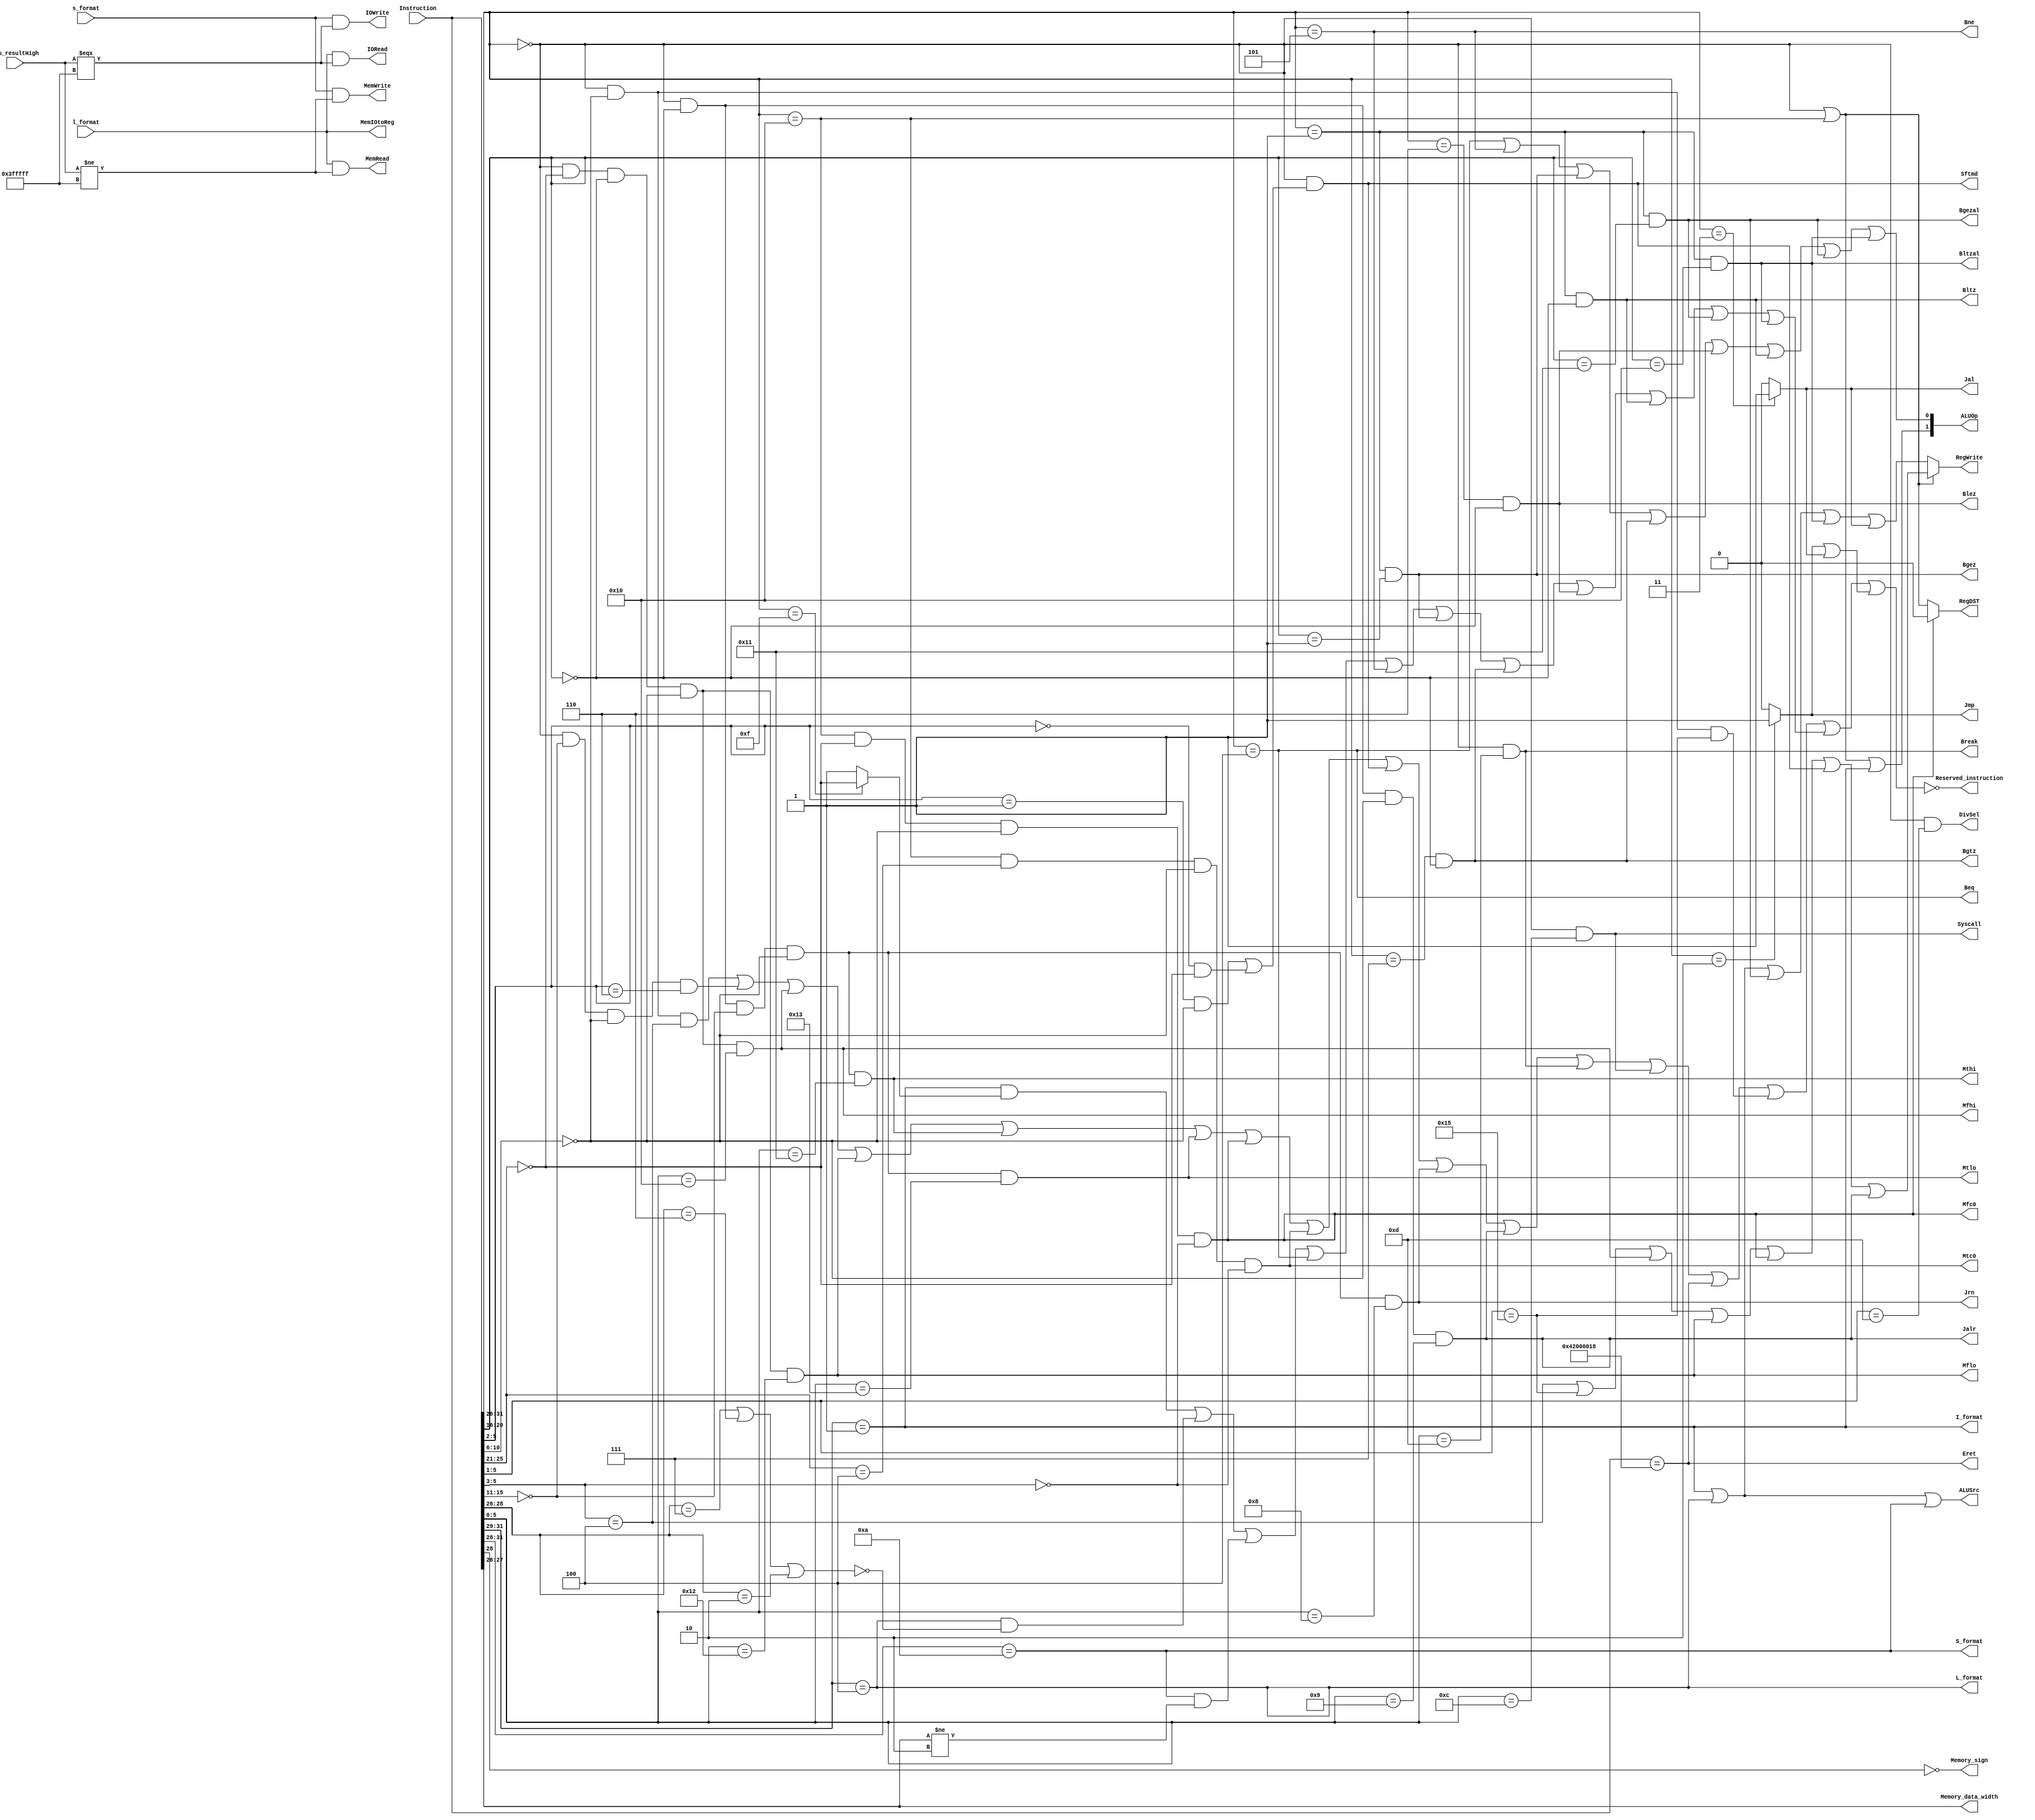
`timescale 1ns / 1ps
//////////////////////////////////////////////////////////////////////////////////
module control32 (
    input   [31:0]  Instruction,
    input           s_format,
    input           l_format,
    input   [21:0]  Alu_resultHigh,     // ,LWSWAlu_Result,Alu_resultHigh = Alu_result[31:10];
    
    output			RegDST,				// 1rdrt
    output			ALUSrc,				// 1beqbne
    output			MemIOtoReg,			// 1
    output			RegWrite,			// 1
    output			MemWrite,			// 1,swAlu_resultHigh1(1IO
    output          MemRead,            // 
    output          IORead,             // IO
    output          IOWrite,            // IO
    
    output			Jmp,				// 1J
    output			Jal,				// 1Jal
    output          Jrn,                // 1jr
    output          Jalr,               // Jalr
    
    output          Beq,                // 1Beq,Branch
    output          Bne,                // 1Bne,nBranch
    output          Bgez,
    output          Bgtz,
    output          Blez,
    output          Bltz,
    output          Bgezal,
    output          Bltzal,
    
    output          Mfhi,
    output          Mflo,
    output          Mfc0,
    output          Mthi,
    output          Mtlo,
    output          Mtc0,
    
    output			I_format,			// 1beqbneLWSWI-
    output          S_format,           // 
    output          L_format,           // 
    output			Sftmd,				// 1
    output          DivSel,
    output	[1:0]	ALUOp,				// R-I_format=111, beqbne01
    output          Memory_sign,        // lb/lbu/lh/lhu
    output  [1:0]   Memory_data_width,  // (00/01/11)
    ///
    output          Break,
    output          Syscall,
    output          Eret,
    output          Reserved_instruction //           
);
   
    wire R_format;		// 1R-
    reg [2:0] state;
    reg [2:0] next_state;
    parameter [2:0] sinit = 3'b000,//
            sif = 3'b001,//
            sid = 3'b010,//
            sexe = 3'b011,//
            smem = 3'b100,//
            swb = 3'b101;//
    
    wire[5:0]   op,func;
    wire[4:0]   rs,rt,rd,shamt;
    
    assign op = Instruction[31:26];        
    assign rs = Instruction[25:21]; 
    assign rt = Instruction[20:16];
    assign rd = Instruction[15:11];
    assign shamt = Instruction[10:6];  
    assign func = Instruction[5:0]; 
    
    //R:
    assign R_format = (op==6'b000000||op==6'b010000);        //R(mfc0,mtc0,eretop==6'b010000)
    assign Jrn = (op==6'b000000 && rt==5'b00000 && rd==5'b00000 && shamt==5'b00000 && func==6'b001000);
    assign Jalr = (op==6'b000000 && rt==5'b00000 && shamt==5'b00000 && func==6'b001001);
    
    assign Mfhi = (op==6'b000000 && rs==5'b00000 && rt==5'b00000 && shamt==5'b00000 && func==6'b010000);
    assign Mflo = (op==6'b000000 && rs==5'b00000 && rt==5'b00000 && shamt==5'b00000 && func==6'b010010);
    assign Mthi = (op==6'b000000 && rt==5'b00000 && rd==5'b00000 && shamt==5'b00000 && func==6'b010001);
    assign Mtlo = (op==6'b000000 && rt==5'b00000 && rd==5'b00000 && shamt==5'b00000 && func==6'b010011);
    assign Mfc0 = (op==6'b010000 && rs==5'b00000 && shamt==5'b00000 && func[5:3]==3'b000);
    assign Mtc0 = (op==6'b010000 && rs==5'b00100 && shamt==5'b00000 && func[5:3]==3'b000);
    
    assign Break = (op==6'b000000 && func==6'b001101);
    assign Syscall = (op==6'b000000 && func==6'b001100);
    assign Eret = (Instruction==32'b010000_10000000000000000000_011000);//
    
    //I:I_format+Branch+nBranch+Lw+Sw
    assign I_format = (op[5:3] == 3'b001);   //001xxxI
    assign L_format = (op[5:3] == 3'b100);   //
    assign S_format = (op[5:2] == 4'b1010);  //
    
    assign Beq = (op==6'b000100);            //beq
    assign Bne = (op==6'b000101);            //bne
    assign Bgez = (op==6'b000001&&rt==5'b00001);
    assign Bgtz = (op==6'b000111&&rt==5'b00000);
    assign Blez = (op==6'b000110&&rt==5'b00000);
    assign Bltz = (op==6'b000001&&rt==5'b00000);
    assign Bgezal = (op==6'b000001&&rt==5'b10001);
    assign Bltzal = (op==6'b000001&&rt==5'b10000);
    //assign Branch = Beq||Bne||Bgez||Bgtz||Blez||Bltz||Bgezal||Bltzal;
   
    //J
    assign Jmp = (op==6'b000010)? 1'b1:1'b0;            //j
    assign Jal = (op==6'b000011)? 1'b1:1'b0;            //jal

    assign MemRead = l_format&&(Alu_resultHigh!=22'b1111111111111111111111);    
    assign IORead = l_format&&(Alu_resultHigh===22'b1111111111111111111111);     
    assign MemWrite = s_format&&(Alu_resultHigh!=22'b1111111111111111111111);   
    assign IOWrite = s_format&&(Alu_resultHigh===22'b1111111111111111111111);   
    assign MemIOtoReg = l_format;
    
    assign Sftmd = (op==6'b000000&&(func[5:2]==4'b0001&&shamt==5'b00000||func[5:2]==4'b0000&&rs==5'b00000));//sll,srl,sra,sllv,srlv,srav
    assign DivSel = (op==6'b000000&&func[5:1]==5'b01101);
    assign ALUSrc = I_format||L_format||S_format;
    assign ALUOp = {(R_format || I_format),(Beq || Bne || Bgez || Bgtz || Blez ||Bltz || Bgezal || Bltzal)};  // Rtype3211,beqbne01
    assign Memory_sign = !op[2];
    assign Memory_data_width = op[1:0];
    
    wire valueLogicR,mulAndDiv,Rcmp,R31,valueLogicI,L5,S3,I24,J2;
    assign valueLogicR = (op==6'b000000&&shamt==5'b00000&&func[5:3]==3'b100);//add,addu,sub,subu,and,or,xor,nor
    assign mulAndDiv = (op==6'b000000&&rd==5'b00000&&shamt==5'b00000&&func[5:2]==4'b0110);//mult,multu,div,divu
    assign Rcmp = (op==6'b000000&&shamt==5'b00000&&func[5:1]==5'b10101);//slt,sltu
    assign R31 = valueLogicR||mulAndDiv||Mfhi||Mflo||Mthi||Mtlo||Mfc0||Mtc0||Sftmd||Jrn||Jalr||Break||Syscall||Eret||Rcmp;
    assign valueLogicI = (I_format&&((op==6'b001111)?(rs==5'b00000):1'b1));//addi,addiu,andi,ori,xori,lui,slti,sltiu
    assign L5 = (L_format&&(!(op[2:0]==3'b111||op[2:0]==3'b110||op[2:0]==3'b010)));//lb,lbu,lh,lhu,lw
    assign S3 = (S_format&&op[1:0]!=2'b10);//sb,sh,sw
    assign I24 = valueLogicI||L5||S3||Beq||Bne||Bgez||Bgtz||Blez||Bltz||Bgezal||Bltzal;
    assign J2 = Jmp||Jal;
    assign Reserved_instruction = !(R31||I24||J2);//

    assign RegWrite = R_format? (func[5:3]==3'b100||func[5:1]==5'b10101||Mfhi||Mflo||Mfc0||Sftmd||Jalr):
                                (I_format||L_format||Bgezal||Bltzal||Jal);
    assign RegDST = Mfc0 ? 0:R_format;    // RMfc0rd   

endmodule